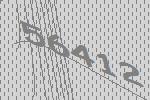
56412